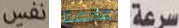
نفس عالمنا سرعة